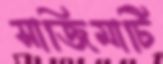
সাজিমাটি